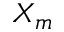
X _ { m }